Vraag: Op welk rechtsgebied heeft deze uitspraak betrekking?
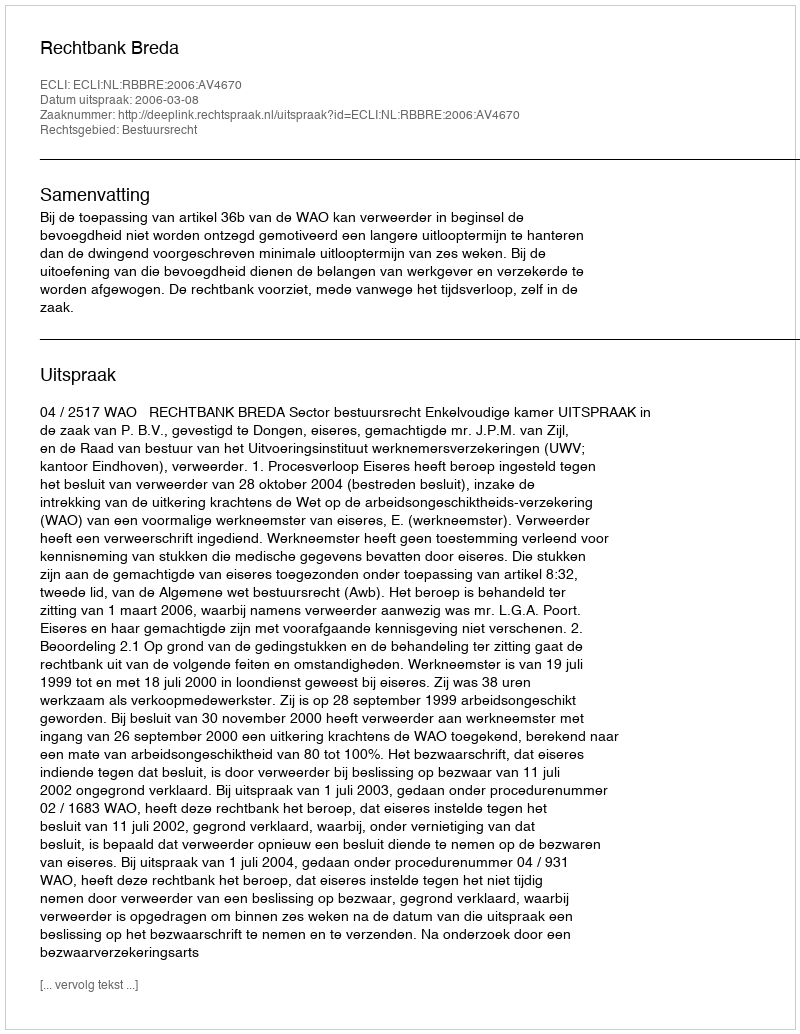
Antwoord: Bestuursrecht